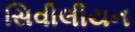
સિવીલીયન